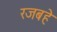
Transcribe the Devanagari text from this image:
रजबहे